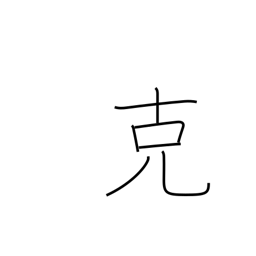
Meaning: overcome